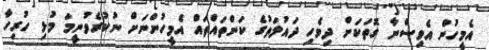
އެމީހުން އެވިސްނާ ގޮތަކަށް ދިވެހި ދައުލަތުގެ ކަންތައްތައް އެމީހުންނަށް ނުކުރެވުނީމަ މުޅި ހުރިހާ